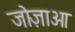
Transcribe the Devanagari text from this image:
जोज़ाओ